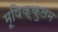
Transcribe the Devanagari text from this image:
मूषिक्कुलम